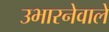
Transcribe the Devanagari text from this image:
उभारनेवाले